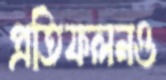
প্রতিফলনও